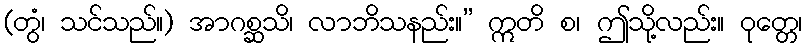
(တွံ၊ သင်သည်။) အာဂစ္ဆသိ၊ လာဘိသနည်း။” ဣတိ စ၊ ဤသို့လည်း။ ဝုတ္တေ၊